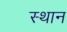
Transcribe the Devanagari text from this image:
स्‍थान